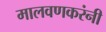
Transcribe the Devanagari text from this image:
मालवणकरंनी